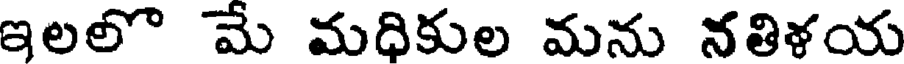
ఇలలో మే మధికుల మను నతిళయ